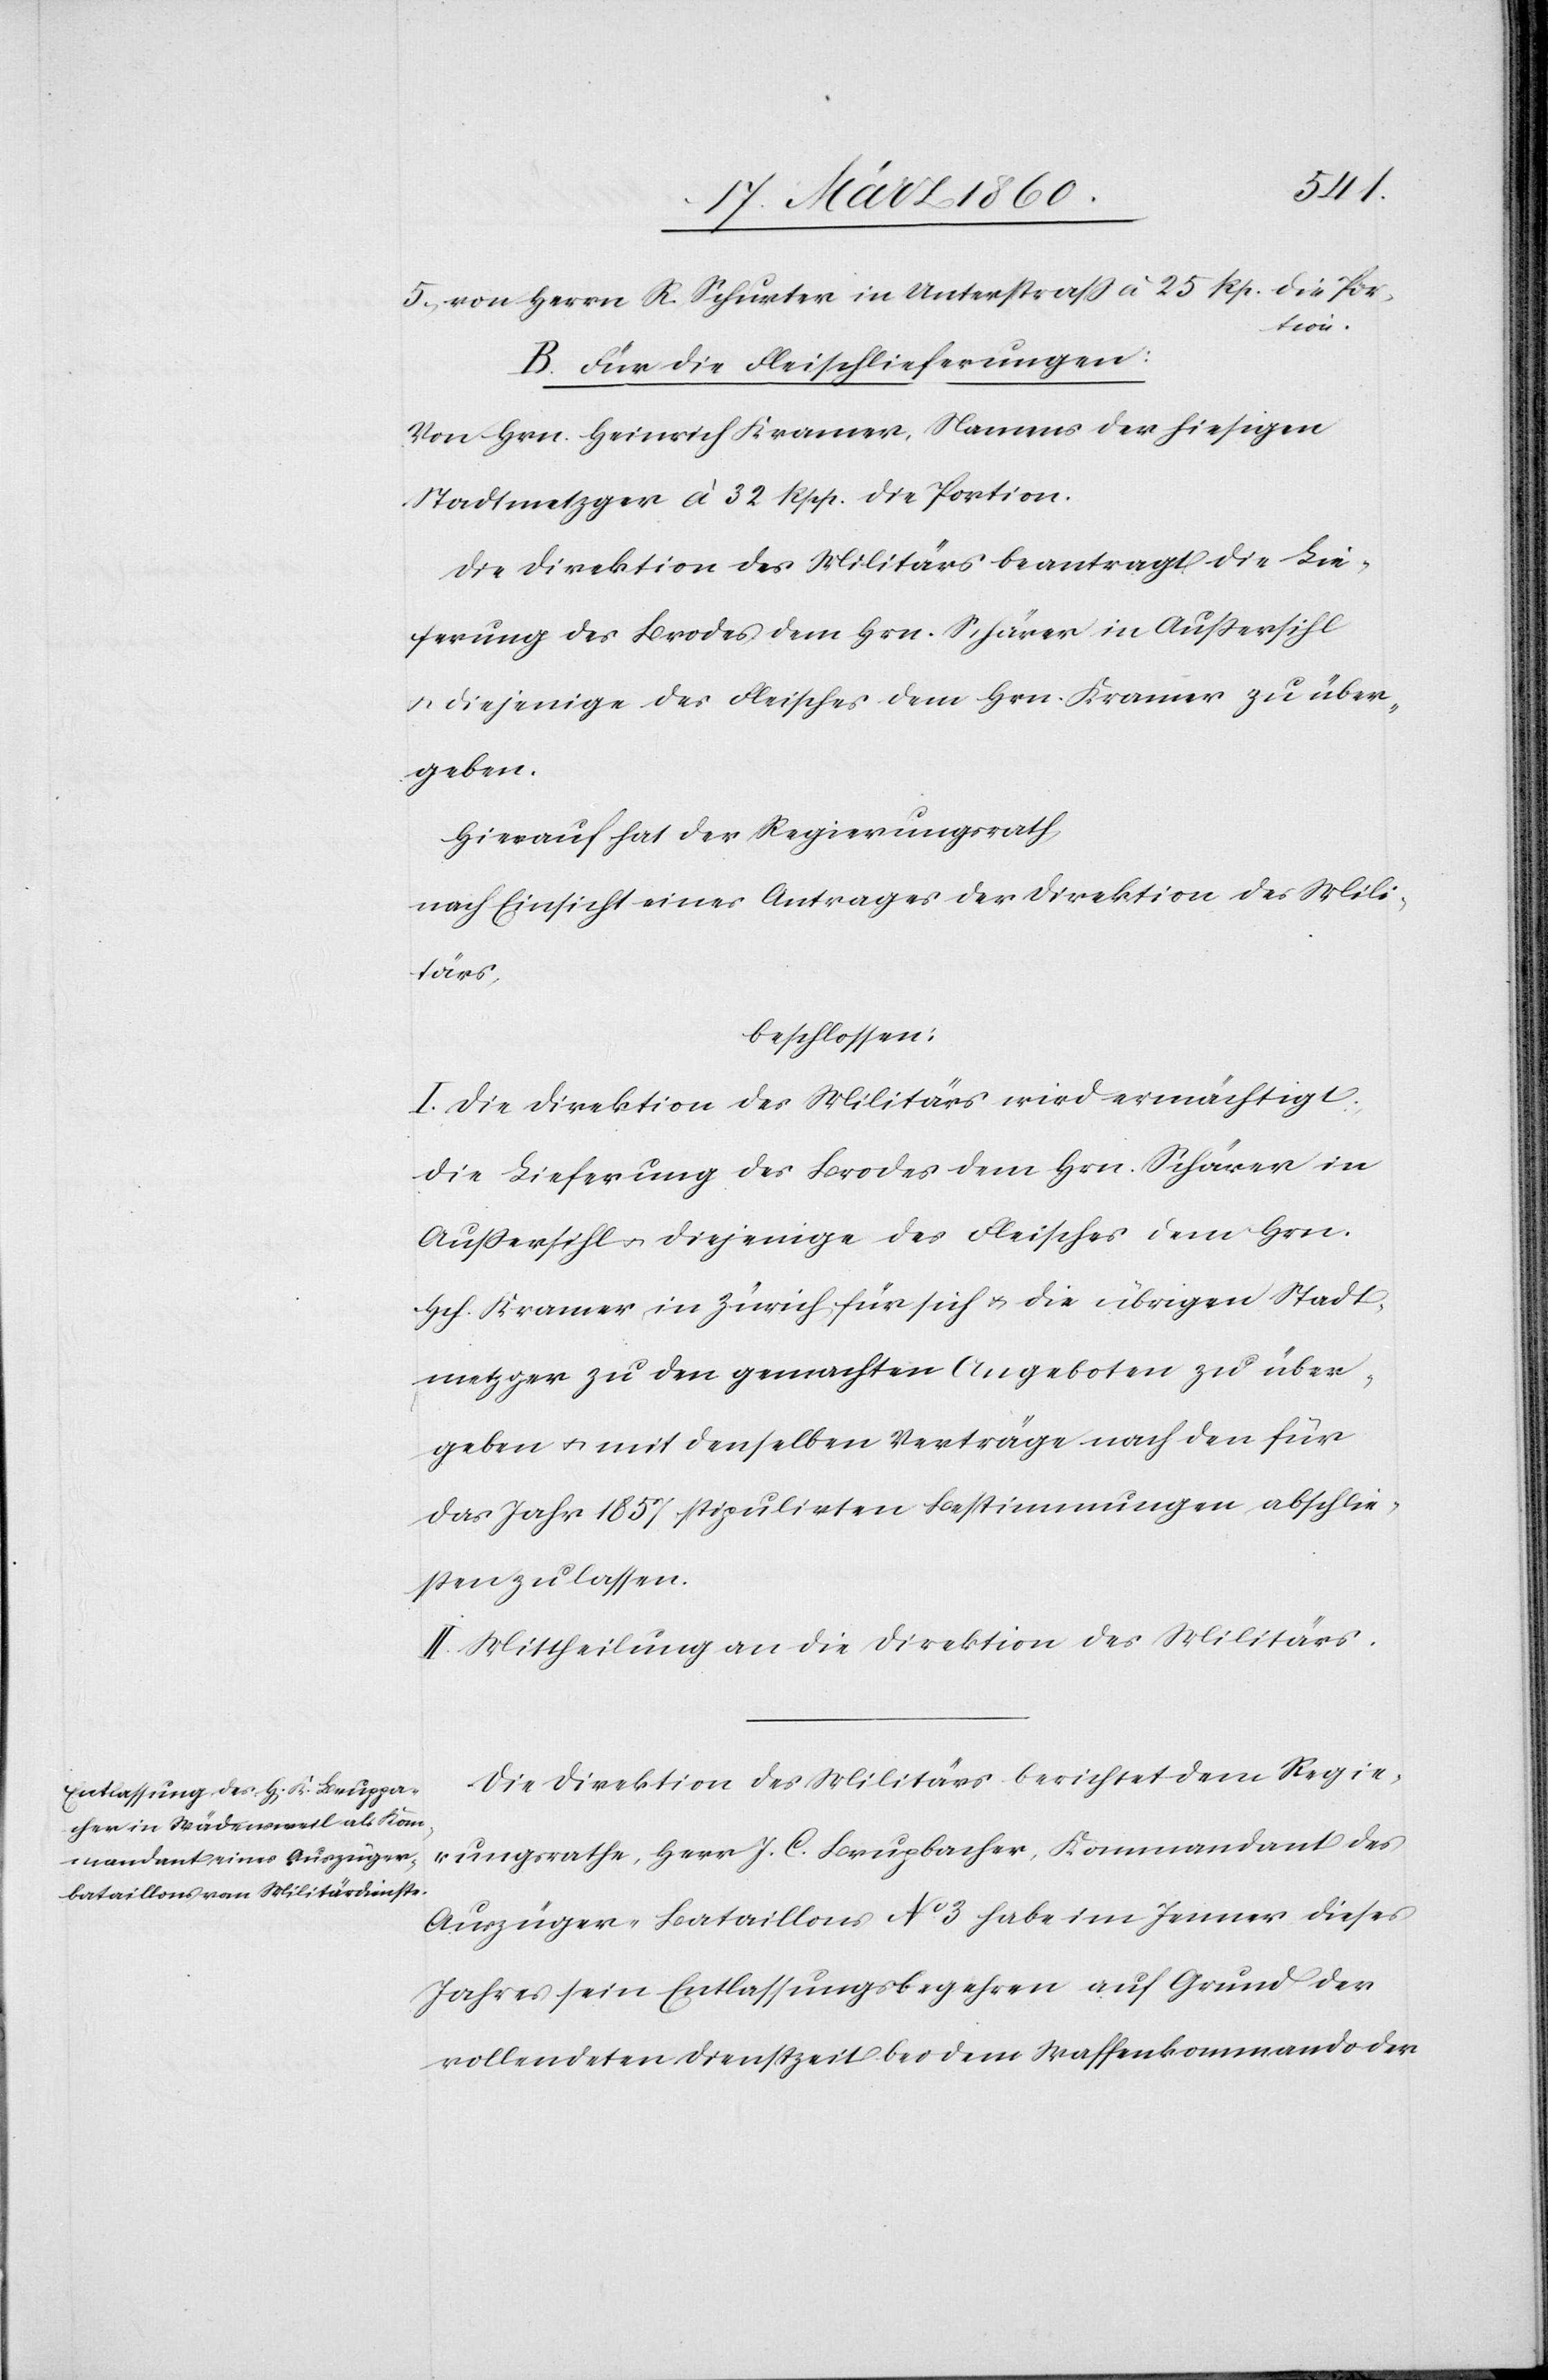
25.
Portion
B. Für Fleischlieferungen.
Von Hrn. Heinrich Kramer, Namens der hiesigen
Stadtmetzger à 32. Rpp. die Portion.
Die Direktion des Militärs beantragt die Lie¬
ferung des Brodes dem Hrn. Schärer in Aussersihl
u. diejenige des Fleisches dem Hrn. Kramer zu über¬
geben.
Hierauf hat der Regierungsrath,
nach Einsicht eines Antrages der Direktion des Mili¬
tärs,
beschlossen:
I. Die Direktion des Militärs wird ermächtigt:
Die Lieferung des Brodes dem Hrn. Schärer in
Aussersihl u. diejenige des Fleisches dem Hrn.
Hch. Kramer in Zürich für sich u. die übrigen Stadt¬
metzger zu den gemachten Angeboten zu über¬
geben u. mit denselben Verträge nach den für
das Jahr 1857 stipulirten Bestimmungen abschlie¬
ssen zu lassen.
II. Mittheilung an die Direktion des Militärs.
Die Direktion des Militärs berichtet dem Regie¬
rungsrathe, Herr J. C. Brupbacher, Kommandant des
Auszüger-Bataillons No 3 habe im Jenner dieses
Jahres sein Entlassungsbegehren auf Grund der
vollendeten Dienstzeit bei dem Waffenkommando der